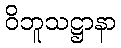
ဝိဘူသဋ္ဌာနာ